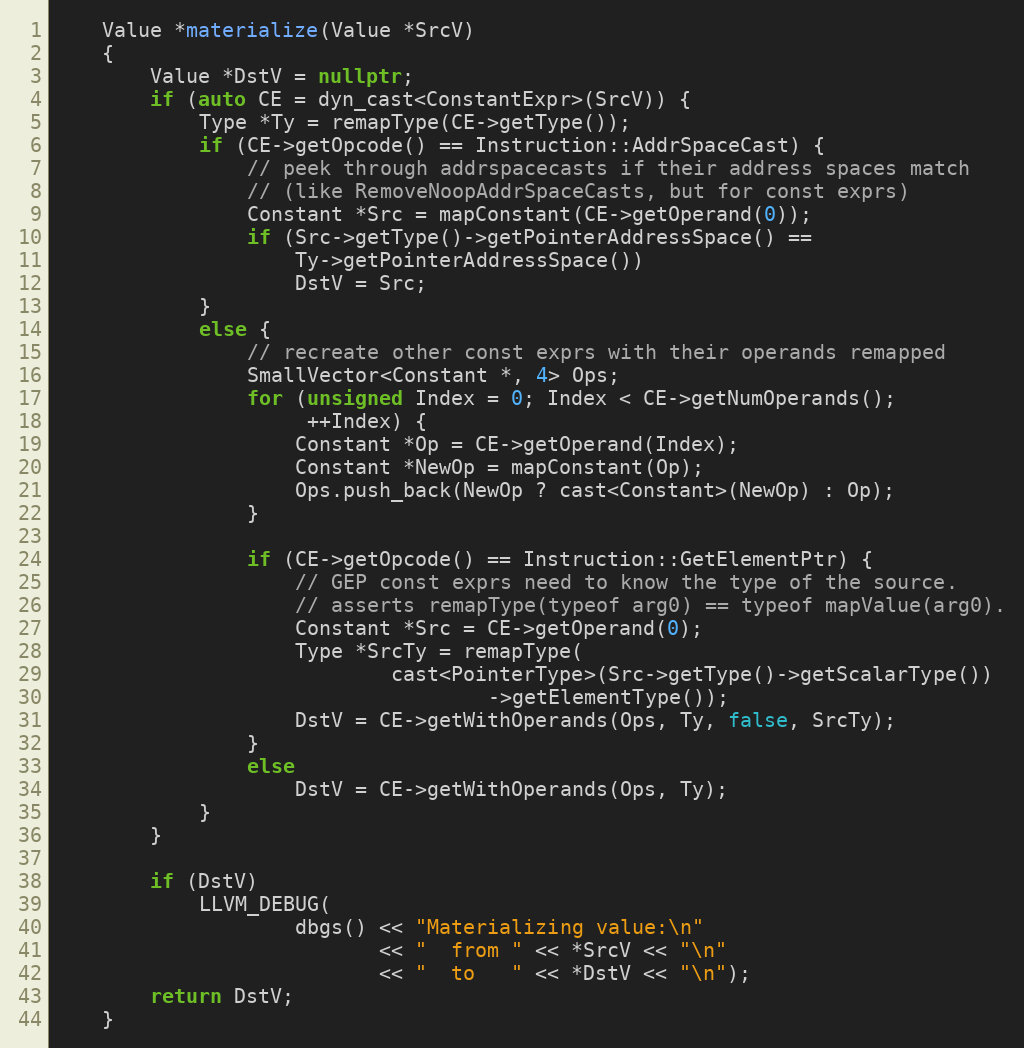
Language: C++
    Value *materialize(Value *SrcV)
    {
        Value *DstV = nullptr;
        if (auto CE = dyn_cast<ConstantExpr>(SrcV)) {
            Type *Ty = remapType(CE->getType());
            if (CE->getOpcode() == Instruction::AddrSpaceCast) {
                // peek through addrspacecasts if their address spaces match
                // (like RemoveNoopAddrSpaceCasts, but for const exprs)
                Constant *Src = mapConstant(CE->getOperand(0));
                if (Src->getType()->getPointerAddressSpace() ==
                    Ty->getPointerAddressSpace())
                    DstV = Src;
            }
            else {
                // recreate other const exprs with their operands remapped
                SmallVector<Constant *, 4> Ops;
                for (unsigned Index = 0; Index < CE->getNumOperands();
                     ++Index) {
                    Constant *Op = CE->getOperand(Index);
                    Constant *NewOp = mapConstant(Op);
                    Ops.push_back(NewOp ? cast<Constant>(NewOp) : Op);
                }

                if (CE->getOpcode() == Instruction::GetElementPtr) {
                    // GEP const exprs need to know the type of the source.
                    // asserts remapType(typeof arg0) == typeof mapValue(arg0).
                    Constant *Src = CE->getOperand(0);
                    Type *SrcTy = remapType(
                            cast<PointerType>(Src->getType()->getScalarType())
                                    ->getElementType());
                    DstV = CE->getWithOperands(Ops, Ty, false, SrcTy);
                }
                else
                    DstV = CE->getWithOperands(Ops, Ty);
            }
        }

        if (DstV)
            LLVM_DEBUG(
                    dbgs() << "Materializing value:\n"
                           << "  from " << *SrcV << "\n"
                           << "  to   " << *DstV << "\n");
        return DstV;
    }